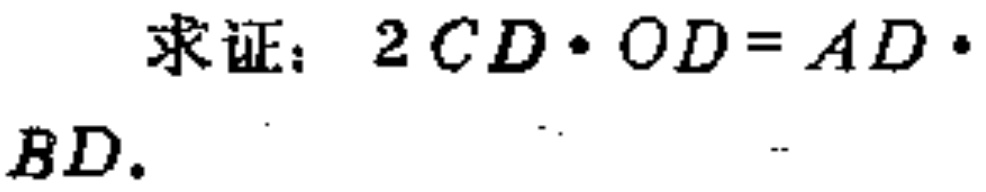
求证：\(2CD\cdot OD = AD\cdot BD\)